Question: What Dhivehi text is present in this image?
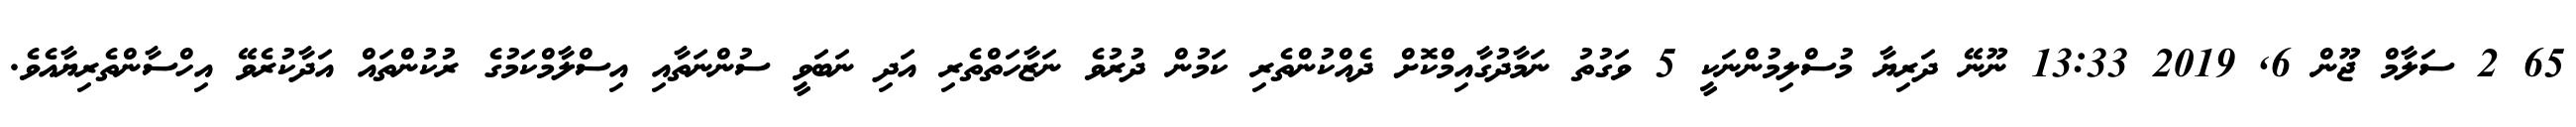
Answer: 65 2 ސަލާމް ޖޫން 6, 2019 13:33 ނޫނޭ ދަރިޔާ މުސްލިމުންނަކީ 5 ވަގުތު ނަމާދުގާއިމްކޮށް ދެއްކުންތެރި ކަމުން ދުރުވެ ނަޒާހަތްތެރި އަދި ނަބަވީ ސުންނަތާއި އިސްލާމްކަމުގެ ރުކުންތައް އަދާކުރެވޭ އިހްސާންތެރިޔާއެވެ.